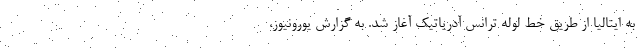
به ایتالیا از طریق خط لوله ترانس آدریاتیک آغاز شد. به گزارش یورونیوز،